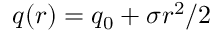
q ( r ) = q _ { 0 } + \sigma r ^ { 2 } / 2